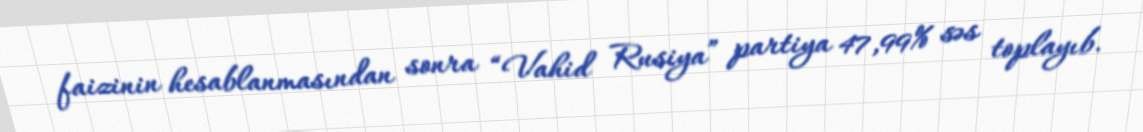
faizinin hesablanmasından sonra “Vahid Rusiya” partiya 47,99% səs toplayıb.